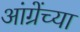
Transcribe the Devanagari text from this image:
आंग्रेंच्या